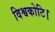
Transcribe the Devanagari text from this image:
विश्वकोटि।